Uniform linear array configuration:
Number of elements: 32
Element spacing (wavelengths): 1
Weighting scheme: exponential
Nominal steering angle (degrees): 15
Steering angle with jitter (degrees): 16.612
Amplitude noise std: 0.05
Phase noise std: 0.05

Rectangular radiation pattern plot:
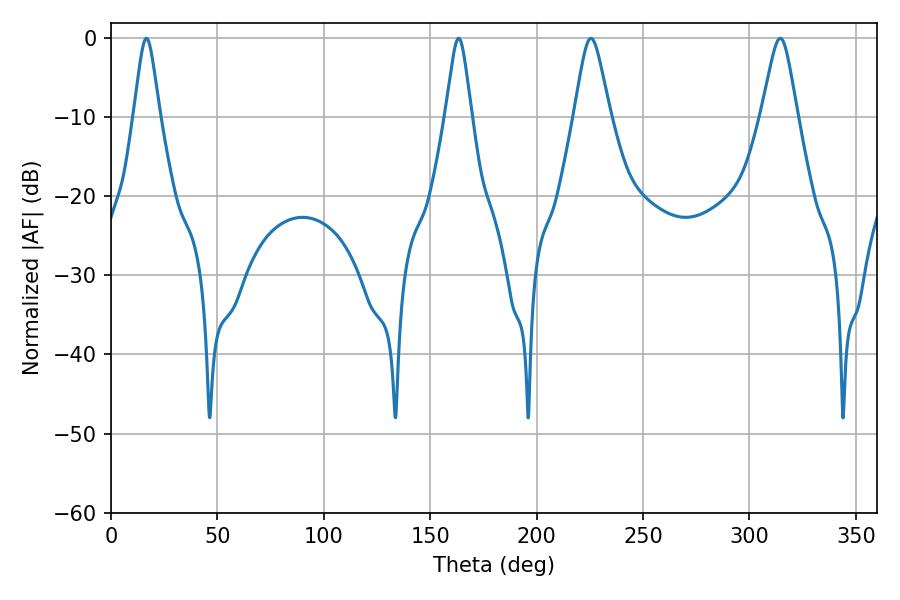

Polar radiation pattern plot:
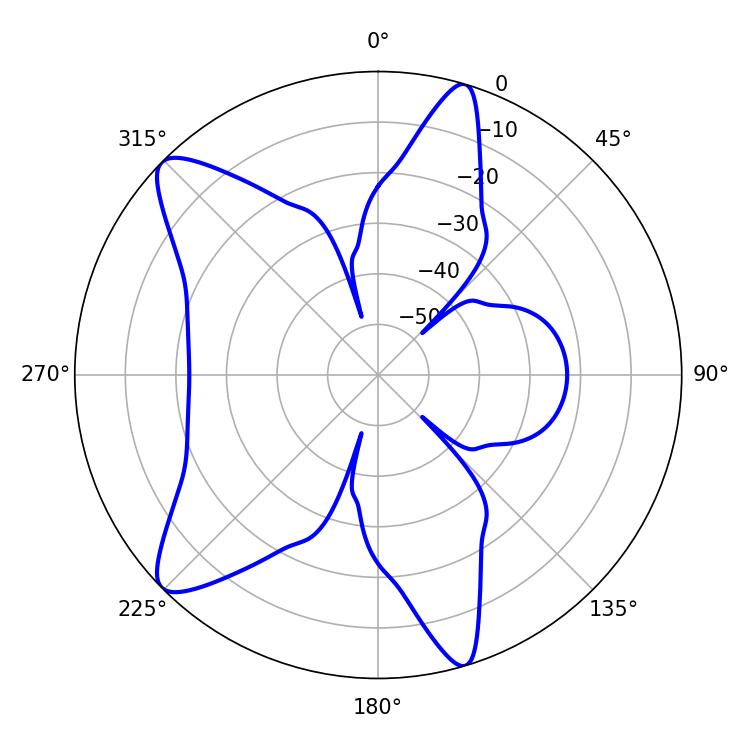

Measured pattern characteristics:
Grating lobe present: TRUE
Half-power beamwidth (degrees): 8.1
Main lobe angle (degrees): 314.46